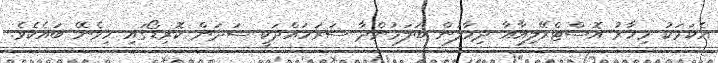
އެކަމަކު މިހާރު އޮސްޓްރޭލިއާއާ ދިމާލުން ބަލަމުންދާ ސަރަހައްދަކީ ސަދަން ކޮރިޑޯގައި ހިމެނޭ ބައެކެވެ.